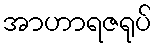
အာဟာရဇရုပ်